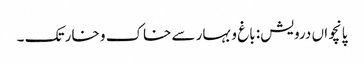
پانچواں درویش: باغ و بہار سے خاک و خار تک ۔